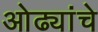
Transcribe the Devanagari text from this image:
ओढ्यांचे